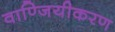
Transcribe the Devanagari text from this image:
वाण्जियीकरण